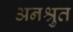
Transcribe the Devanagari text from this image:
अनश्रुत